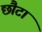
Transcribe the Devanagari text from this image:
छौटा